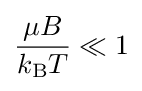
{\frac {\mu B}{k_{\rm {B}}T}}\ll 1